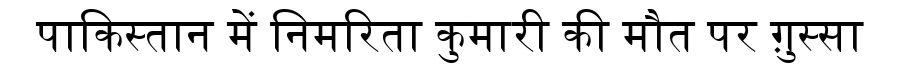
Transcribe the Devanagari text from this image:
पाकिस्तान में निमरिता कुमारी की मौत पर ग़ुस्सा